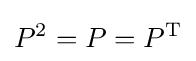
P^{2}=P=P^{\mathrm {T} }